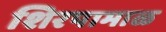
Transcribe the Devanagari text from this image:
शिरपामाळ